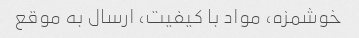
خوشمزه، مواد با کیفیت، ارسال به موقع